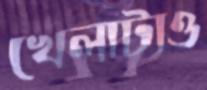
খেলাটাও